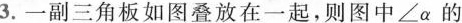
3.一副三角板如图叠放在一起，则图中∠α的